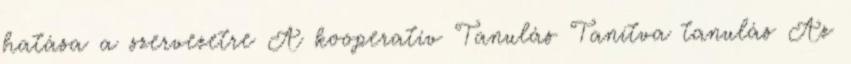
hatása a szervezetre A kooperatív Tanulás Tanítva tanulás Az